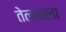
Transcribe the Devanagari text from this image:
तेलातला